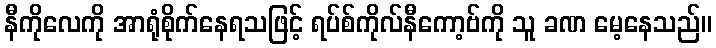
နီကိုလေကို အာရုံစိုက်နေရသဖြင့် ရပ်စ်ကိုလ်နီကော့ဗ်ကို သူ ခဏ မေ့နေသည်။